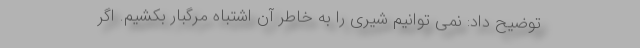
توضیح داد: نمی توانیم شیری را به خاطر آن اشتباه مرگبار بکشیم. اگر